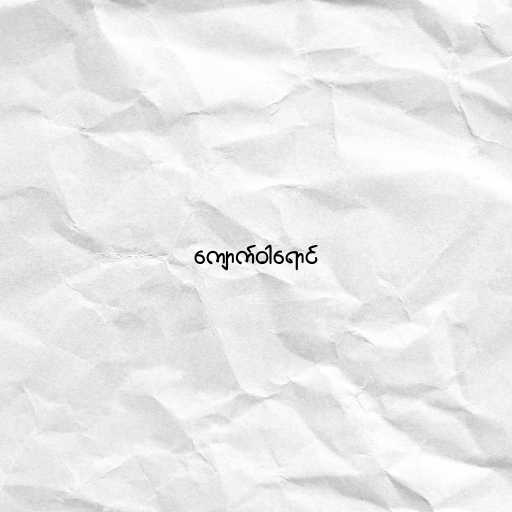
ကျောက်ဝါရောင်